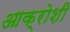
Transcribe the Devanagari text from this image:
आक्रोशी